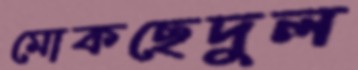
মোকছেদুল